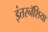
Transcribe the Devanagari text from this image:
इंतरनॅशिया